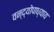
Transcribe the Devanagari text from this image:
वन्द्योपाध्याय